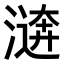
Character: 𣽑